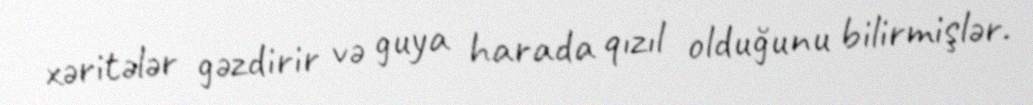
xəritələr gəzdirir və guya harada qızıl olduğunu bilirmişlər.